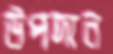
উপদান